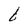
Character: t